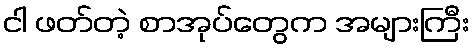
ငါ ဖတ်တဲ့ စာအုပ်တွေက အများကြီး